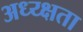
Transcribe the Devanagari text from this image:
अध्य्क्षता